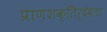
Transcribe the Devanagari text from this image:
प्राणशक्तिर्देवता